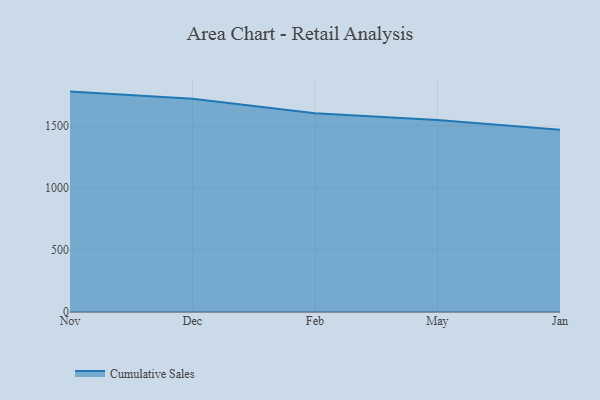
{"axis": {"x": "Month", "y": "Page Views"}, "legend": ["Cumulative Sales"], "data": [{"x": "Nov", "y": 1777.6, "type": "Cumulative Sales"}, {"x": "Dec", "y": 1719.7, "type": "Cumulative Sales"}, {"x": "Feb", "y": 1602.3, "type": "Cumulative Sales"}, {"x": "May", "y": 1549.0, "type": "Cumulative Sales"}, {"x": "Jan", "y": 1470.7, "type": "Cumulative Sales"}]}